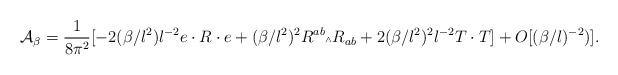
LaTeX: \begin{align*}{\cal A}_{\beta} = \frac{1}{8{\pi}^2}[-2(\beta/l^2)l^{-2}e\cdot R\cdot e + (\beta/l^2)^2 R^{ab}{\mbox{\tiny $\wedge$}}R_{ab} + 2(\beta/l^2)^2 l^{-2} T\cdot T] + O[(\beta/l)^{-2})].\end{align*}